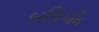
બઊગમિ